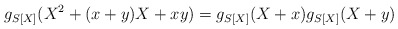
\begin{align*}g_{S[X]}(X^2 + (x+y)X + xy) = g_{S[X]}(X+ x) g_{S[X]}(X+ y)\end{align*}